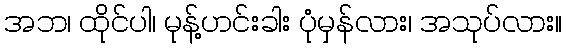
အဘ၊ ထိုင်ပါ၊ မုန့်ဟင်းခါး ပုံမှန်လား၊ အသုပ်လား။